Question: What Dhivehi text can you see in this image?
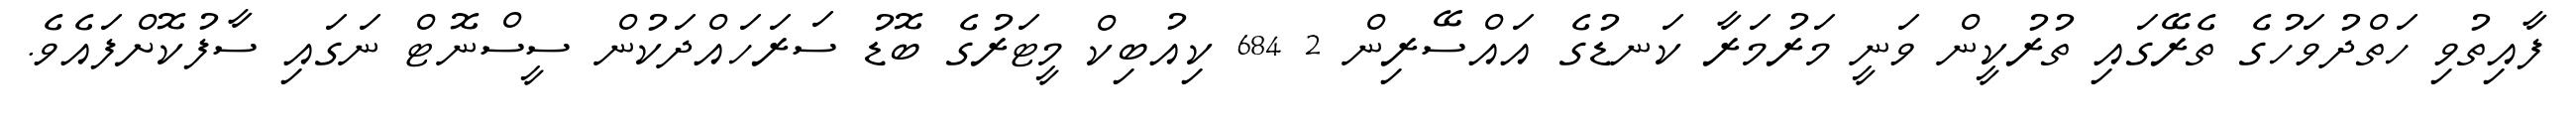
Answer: ފާއިތުވި ހަތްދުވަހުގެ ތެރޭގައި ތުރުކީން ވަނީ މަރުމަރާ ކަނޑުގެ އައްސޭރިން 2 684 ކިއުބިކް މީޓަރުގެ ބޮޑު ސަރަހައްދަކުން ސީސްނޮޓް ނަގައި ސާފުކޮށްފައެވެ.